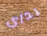
يداى